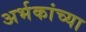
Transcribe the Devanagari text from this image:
अर्भकांच्या